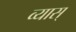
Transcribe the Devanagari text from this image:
व्यास्